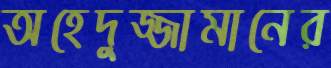
অহেদুজ্জামানের